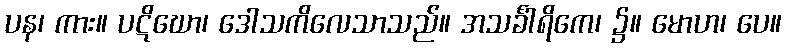
ပန၊ ကား။ ပဋိဃော၊ ဒေါသကိလေသာသည်။ အသင်္ခါရိကေ၊ ၌။ မောဟ၊ ပေ။